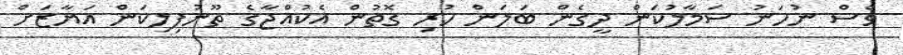
ވެސް ނުހަނު ސަމާލުކަން ދީގެން ބަލަން ހުރި ގޮތުން އެކުއްޖާގެ ތޫނުފިލިކަން އަޔާޒަށް